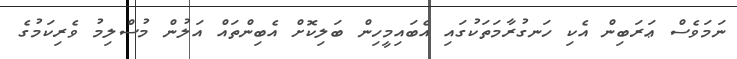
ނަމަވެސް ޢަރަބިން އެކި ހަނގުރާމަތަކުގައި އެބައިމީހިން ބަލިކޮށް އެބިންތައް އަލުން މުސްލިމު ވެރިކަމުގެ